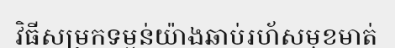
វិធីសម្រកទម្ងន់យ៉ាងឆាប់រហ័សមុខមាត់